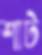
শাট